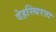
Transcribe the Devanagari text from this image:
देहस्थिरता